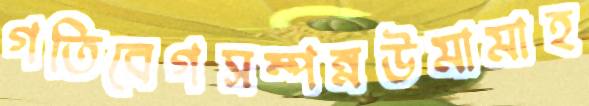
গতিবেগসম্পন্নউমামাহ